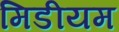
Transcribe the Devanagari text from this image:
मिडीयम